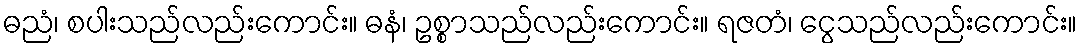
ဓညံ၊ စပါးသည်လည်းကောင်း။ ဓနံ၊ ဥစ္စာသည်လည်းကောင်း။ ရဇတံ၊ ငွေသည်လည်းကောင်း။